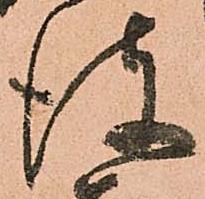
彼